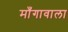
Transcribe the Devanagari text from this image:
माँगावाला